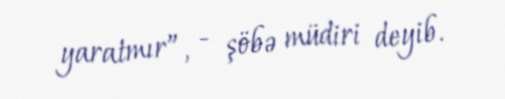
yaratmır”, - şöbə müdiri deyib.